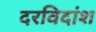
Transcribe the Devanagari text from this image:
दरविदांश